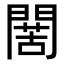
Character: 𮤙